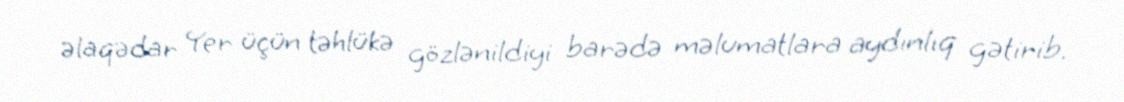
əlaqədar Yer üçün təhlükə gözlənildiyi barədə məlumatlara aydınlıq gətirib.